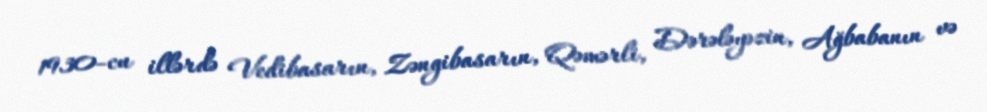
1930-cu illərdə Vedibasarın, Zəngibasarın, Qəmərli, Dərələyəzin, Ağbabanın və